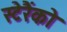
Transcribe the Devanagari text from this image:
स्टेरैंको